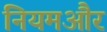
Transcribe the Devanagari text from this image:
नियमऔर